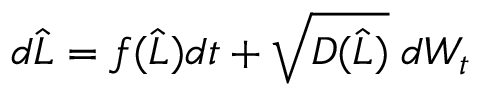
\begin{array} { r } { d \widehat { L } = f ( \widehat { L } ) d t + \sqrt { D ( \widehat { L } ) } \; d W _ { t } } \end{array}